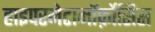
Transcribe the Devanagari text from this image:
हाइपरमेटामॉर्फ़ोसिस